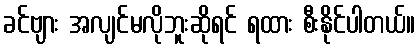
ခင်ဗျား အလျင်မလိုဘူးဆိုရင် ရထား စီးနိုင်ပါတယ်။